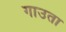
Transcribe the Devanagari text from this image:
गाउता